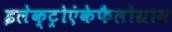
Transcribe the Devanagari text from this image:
इलेक्ट्रोएंकेफैलोग्राम